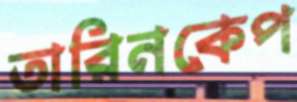
তারিনকেপ